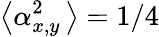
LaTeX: \left\langle\alpha_{x,y}^{2}\, \right\rangle=1/4